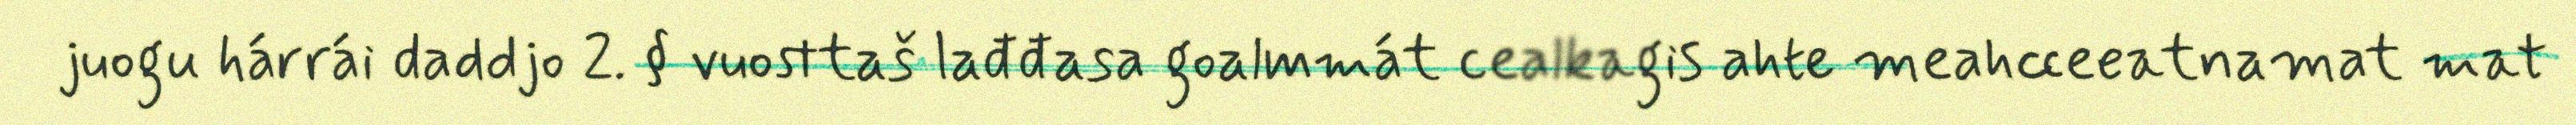
juogu hárrái daddjo 2. § vuosttaš lađđasa goalmmát cealkagis ahte meahcceeatnamat mat